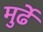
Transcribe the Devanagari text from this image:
मुर्ढे